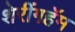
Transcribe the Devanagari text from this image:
शेरींगहॅम